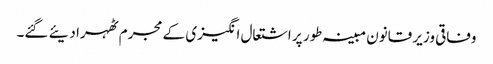
وفاقی وزیر قانون مبینہ طور پر اشتعال انگیزی کے مجرم ٹھہرا دیئے گئے۔